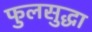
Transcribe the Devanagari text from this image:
फुलसुद्धा